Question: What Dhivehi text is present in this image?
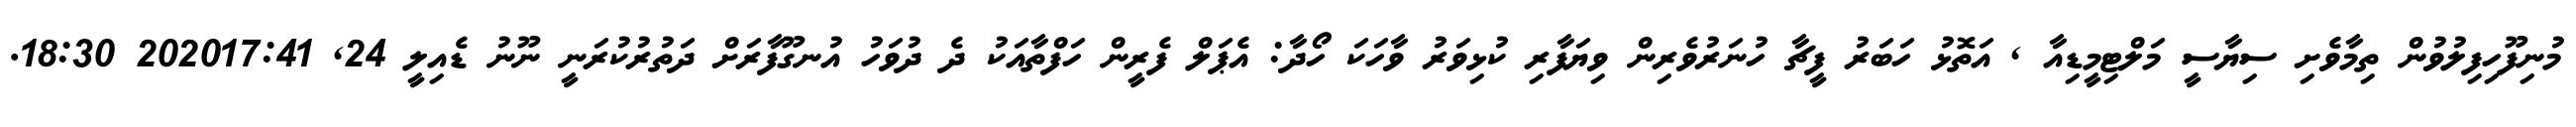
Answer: މުނިފޫހިފިލުވުން ތިމާވެށި ސިޔާސީ މަލްޓިމީޑިއާ , އަތޮޅު ހަބަރު ފީޗާ ހުނަރުވެރިން ވިޔަފާރި ކުޅިވަރު ވާހަކަ ހޯދާ: އެޕަލް ފެރީން ހަފްތާއަކު ދެ ދުވަހު އުނގޫފާރަށް ދަތުރުކުރަނީ ނޫނު ޑެއިލީ 24, 202017:41 18:30.